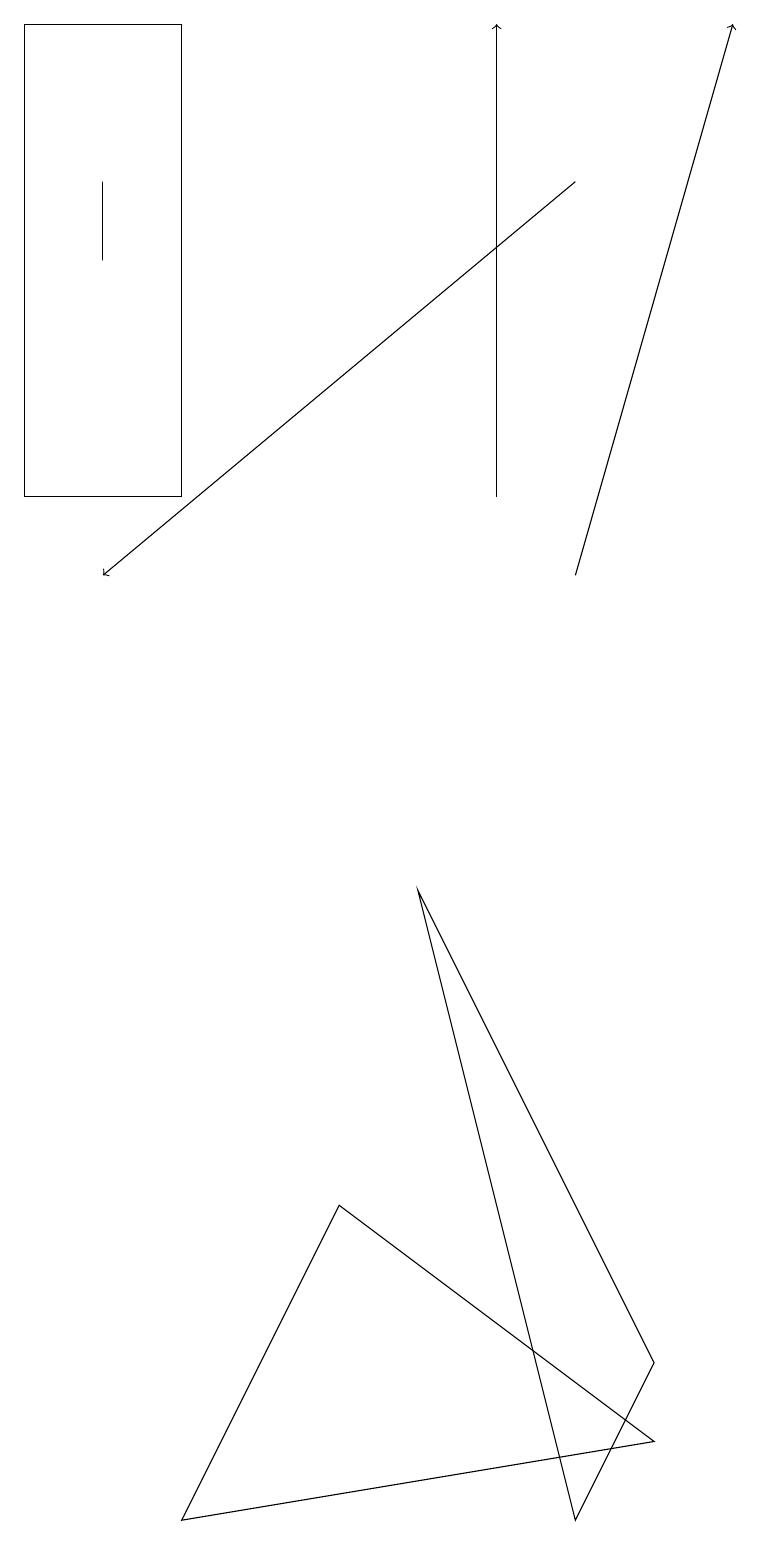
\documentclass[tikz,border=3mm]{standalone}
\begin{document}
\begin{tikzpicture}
\draw (1,16) rectangle (1,17);
\draw (0,13) rectangle (2,19);
\draw (8,2) -- (5,8) -- (7,0) -- cycle;
\draw[->] (7,12) -- (9,19);
\draw (2,0) -- (4,4) -- (8,1) -- cycle;
\draw[->] (6,13) -- (6,19);
\draw[->] (7,17) -- (1,12);
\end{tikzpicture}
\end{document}